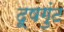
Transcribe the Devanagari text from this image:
दूषगुंट